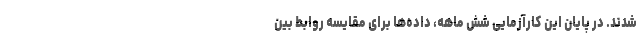
شدند. در پایان این کارآزمایی شش ماهه، داده‌ها برای مقایسه روابط بین